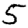
Digit: 5